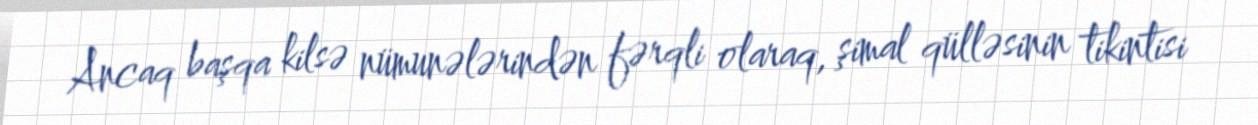
Ancaq başqa kilsə nümunələrindən fərqli olaraq, şimal qülləsinin tikintisi